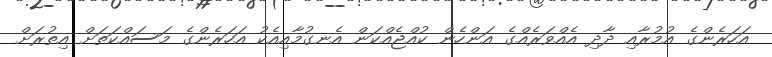
އަހަރެންގެ އުމުރާއި ދާދި އެއްވަރެއްގެ އަންހެން ކުއްޖެއްކަން އެނގުމާއިއެކު އަހަރެންގެ މަސައްކަތަށް އިތުރަށް